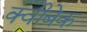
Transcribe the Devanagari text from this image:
क्वीबेक